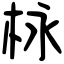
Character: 栐